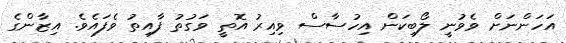
އަހަންނަށް ވެވުނީ ލޯބިކަން އިހުސާސް ވިއިރު އޮތީ ވަގުތު ފާއިތު ވެފައެވެ. އިޒާންގެ